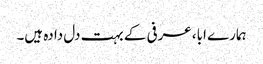
ہمارے ابا، عرفی کے بہت دل دادہ ہیں۔